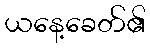
ယနေ့ခေတ်၏